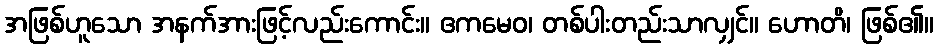
အဖြစ်ဟူသော အနက်အားဖြင့်လည်းကောင်း။ ဧကမေဝ၊ တစ်ပါးတည်းသာလျှင်။ ဟောတိ၊ ဖြစ်၏။